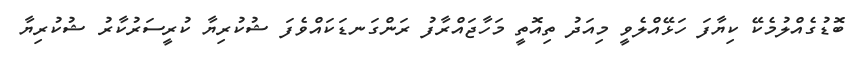
ބޮޑުގެއްލުމެކޭ ކިޔާފަ ހަޅޭއްލެވީ މިއަދު ތިއޮތީ މަހާޖައްރާފު ރަންގަނޑަކައްވެފަ ޝުކުރިޔާ ކުރީސަރުކާރު ޝުކުރިޔާ